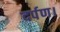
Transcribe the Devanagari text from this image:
दर्पण।